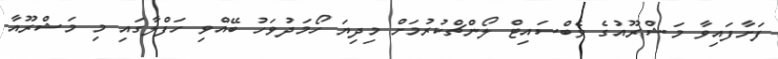
ފަށާފައިވާ މަޝްރޫއުގެ ވެބްސައިޓް ލޯންޗްކުރުމަށް މިދިޔަ ހޯމަދުވަހު ބޭއްވި ހަފްލާގައި މި މަޝްރޫއާ